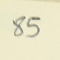
85